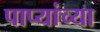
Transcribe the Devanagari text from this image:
पाप्यांच्या